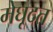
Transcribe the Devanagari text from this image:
मेघूदत